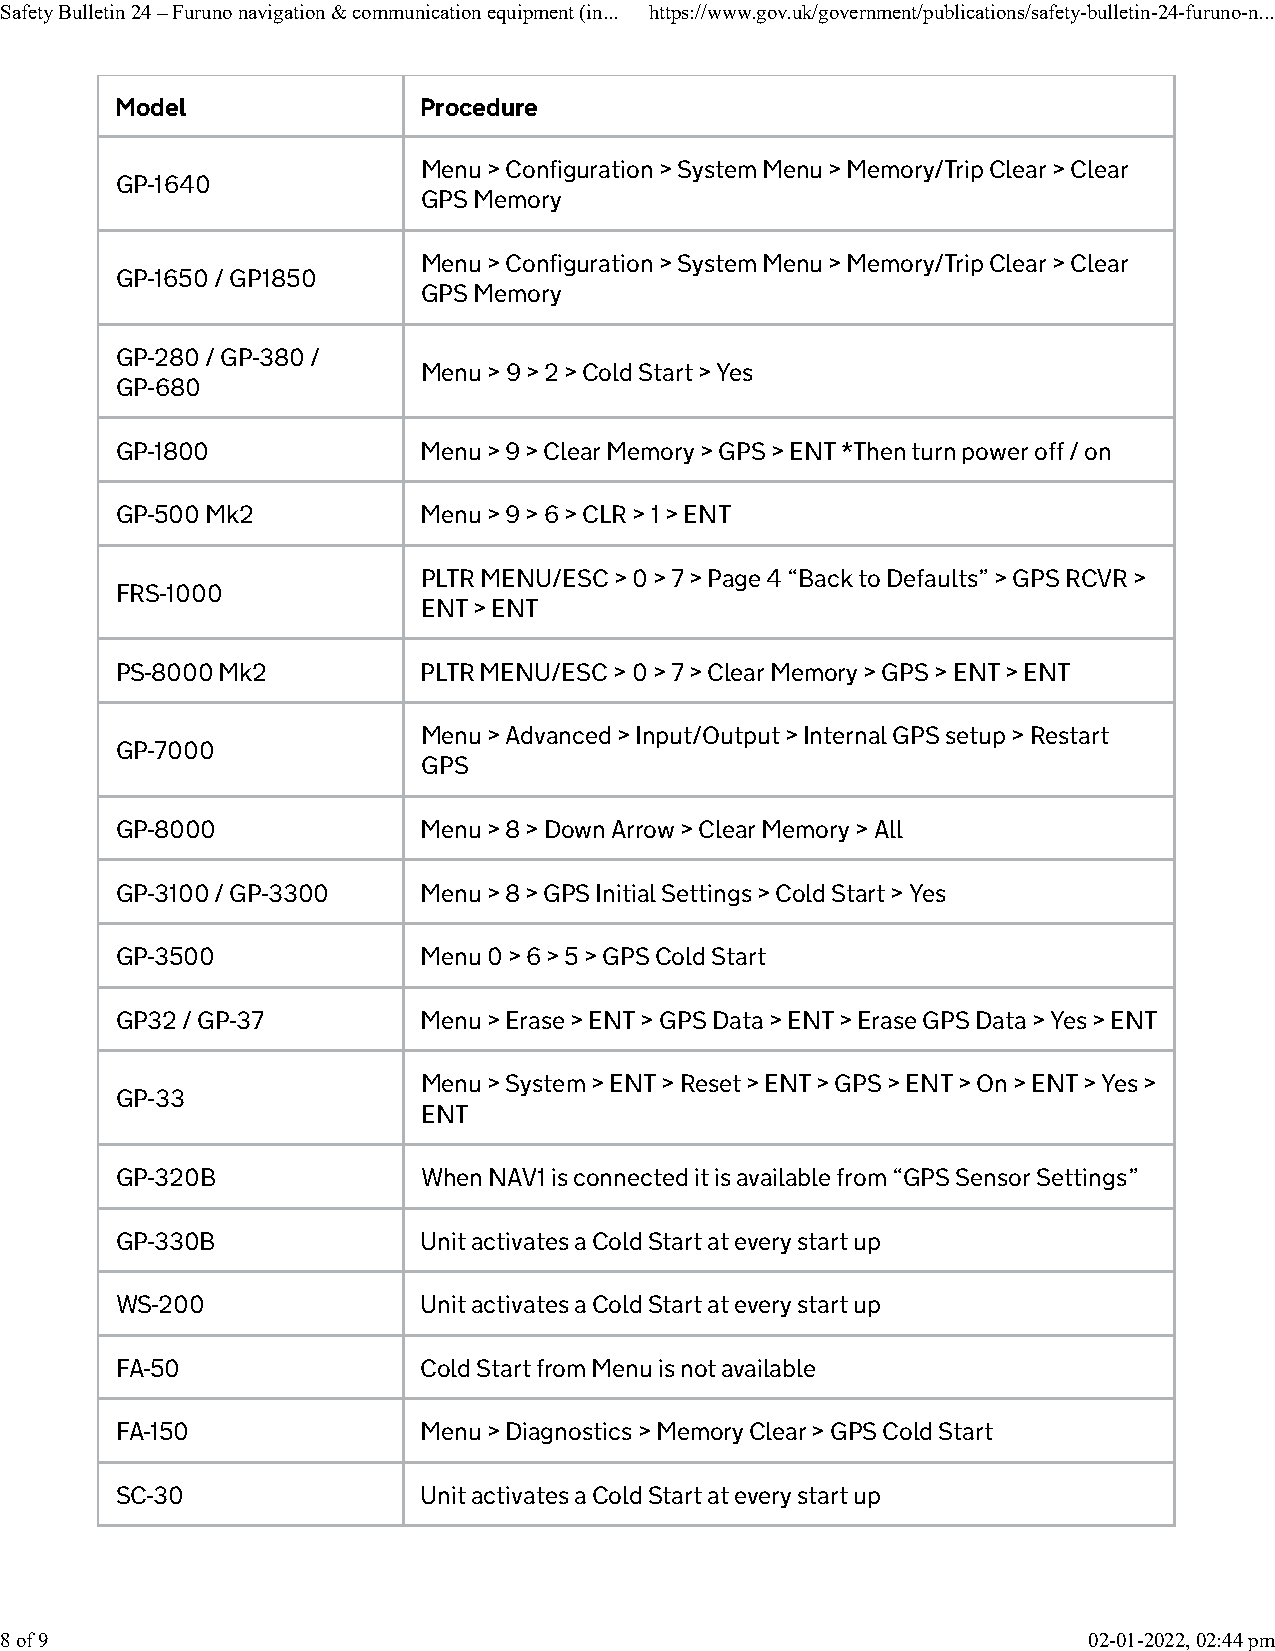
Safety Bulletin 24 – Furuno navigation & communication equipment (in... https://www.gov.uk/government/publications/safety-bulletin-24-furuno-n...
 Model               Procedure
 Menu > Configuration > System Menu > Memory/Trip Clear > Clear
 GP-1640
 GPS Memory
 Menu > Configuration > System Menu > Memory/Trip Clear > Clear
 GP-1650 / GP1850
 GPS Memory
 GP-280 / GP-380 /
 Menu > 9 > 2 > Cold Start > Yes
 GP-680
 GP-1800             Menu > 9 > Clear Memory > GPS > ENT *Then turn power off / on
 GP-500 Mk2          Menu > 9 > 6 > CLR > 1 > ENT
 PLTR MENU/ESC > 0 > 7 > Page 4 “Back to Defaults” > GPS RCVR >
 FRS-1000
 ENT > ENT
 PS-8000 Mk2         PLTR MENU/ESC > 0 > 7 > Clear Memory > GPS > ENT > ENT
 Menu > Advanced > Input/Output > Internal GPS setup > Restart
 GP-7000
 GPS
 GP-8000             Menu > 8 > Down Arrow > Clear Memory > All
 GP-3100 / GP-3300   Menu > 8 > GPS Initial Settings > Cold Start > Yes
 GP-3500             Menu 0 > 6 > 5 > GPS Cold Start
 GP32 / GP-37        Menu > Erase > ENT > GPS Data > ENT > Erase GPS Data > Yes > ENT
 Menu > System > ENT > Reset > ENT > GPS > ENT > On > ENT > Yes >
 GP-33
 ENT
 GP-320B             When NAV1 is connected it is available from “GPS Sensor Settings”
 GP-330B             Unit activates a Cold Start at every start up
 WS-200              Unit activates a Cold Start at every start up
 FA-50               Cold Start from Menu is not available
 FA-150              Menu > Diagnostics > Memory Clear > GPS Cold Start
 SC-30               Unit activates a Cold Start at every start up
 8 of 9                                                                  02-01-2022, 02:44 pm